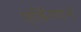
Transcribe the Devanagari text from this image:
एर्डिंगटन